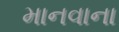
માનવાના